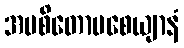
အပစိတောပစေယျာနံ